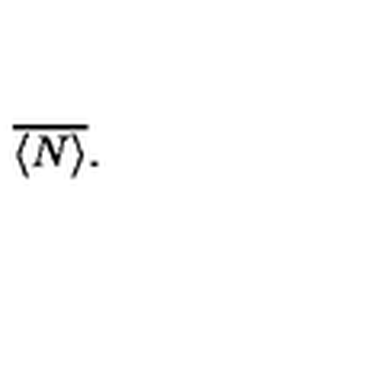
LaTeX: \: \overline { { \langle N \rangle } } . \: